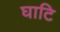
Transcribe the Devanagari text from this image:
घाटि